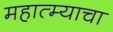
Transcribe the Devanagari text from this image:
महात्म्याचा